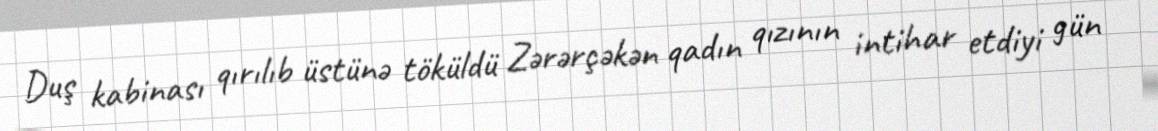
Duş kabinası qırılıb üstünə töküldü Zərərçəkən qadın qızının intihar etdiyi gün